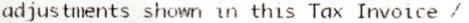
ADJUSTMENTS SHOWN IN THIS TAX INVOICE /